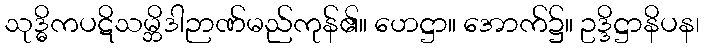
သုဒ္ဓိကပဋိသမ္ဘိဒါဉာဏ်မည်ကုန်၏။ ဟေဋ္ဌာ။ အောက်၌။ ဥဒ္ဒိဋ္ဌာနိပန၊